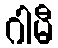
ဂါမီ